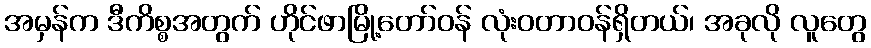
အမှန်က ဒီကိစ္စအတွက် ဟိုင်ဖာမြို့တော်ဝန် လုံးဝတာဝန်ရှိတယ်၊ အခုလို လူတွေ